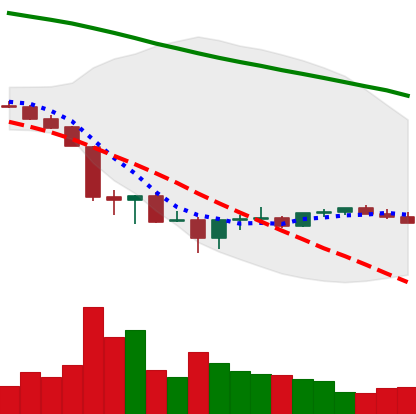
Ticker: BTC-USD
Chart end date: 2022-06-28
Forward return: -4.85%
Label: down_3_5